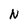
Character: N